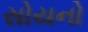
સોયનો